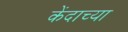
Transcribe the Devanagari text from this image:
केंदाच्या